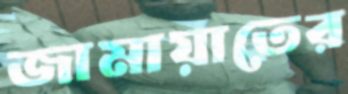
জামায়াতের